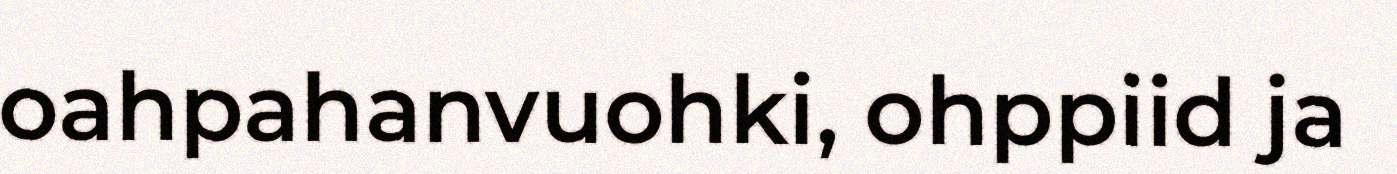
oahpahanvuohki, ohppiid ja